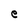
Character: e